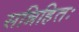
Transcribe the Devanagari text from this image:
सन्निहितः